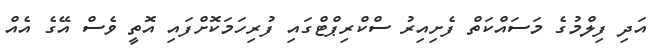
އަދި ފިލްމުގެ މަސައްކަތް ފެށިއިރު ސްކްރިޕްޓްގައި ފުރިހަމަކޮށްފައި އޮތީ ވެސް އޭގެ އެއް